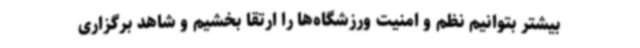
بیشتر بتوانیم نظم ‌و امنیت ورزشگاه‌ها را ارتقا بخشیم و شاهد برگزاری